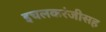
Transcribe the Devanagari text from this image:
इचलकरंजीसह